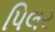
પિલર